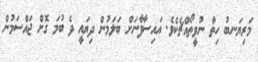
މަރިޔަނބު ހިތާ ނުވީތޯއްޗެކެވެ. އައިސާފާނަށް ބަލަމުން ދިޔައީ ދެ ބުމަ ގޮށް ޖައްސަމުން